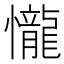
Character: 𢤱